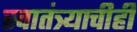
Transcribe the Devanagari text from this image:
स्वातंत्र्याचीही